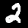
Digit: 2